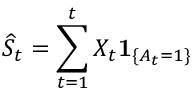
\widehat { S } _ { t } = \sum _ { t = 1 } ^ { t } X _ { t } \mathbf { 1 } _ { \{ A _ { t } = 1 \} }